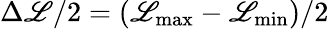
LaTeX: \Delta\mathscr{L}/2=(\mathscr{L}_{\mathrm{{max}}}-\mathscr{L}_{\mathrm{{min}}})/2